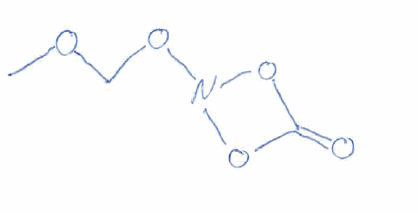
Simplified molecular-input line-entry system (SMILES) notation of the given molecule:
COCON1OC(=O)O1